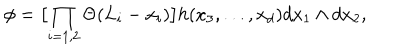
\phi = \bigl [ \prod _ { i = 1 , 2 } \Theta ( L _ { i } - x _ { i } ) \bigr ] h ( x _ { 3 } , . . . , x _ { d } ) d x _ { 1 } \wedge d x _ { 2 } ,